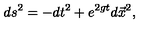
d s ^ { 2 } = - d t ^ { 2 } + e ^ { 2 g t } d \vec { x } ^ { 2 } ,